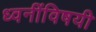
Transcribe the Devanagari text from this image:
ध्वनींविषयी